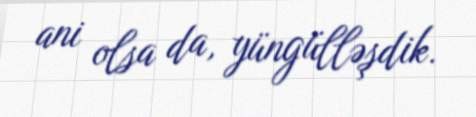
ani olsa da, yüngülləşdik.